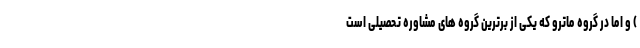
) و اما در گروه ماترو که یکی از برترین گروه های مشاوره تحصیلی است